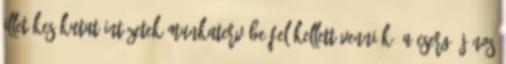
illetékes kutatóintézetek munkatervébe fel kellett venniük. A Csergő János